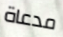
مدعاة